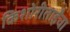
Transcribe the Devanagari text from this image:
किशोरीताईंचा